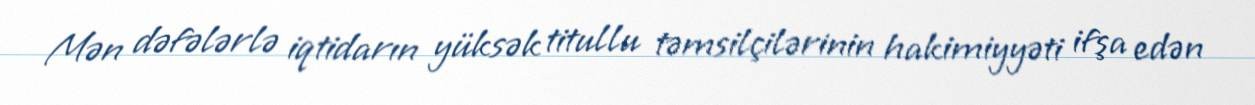
Mən dəfələrlə iqtidarın yüksək titullu təmsilçilərinin hakimiyyəti ifşa edən